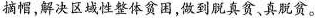
摘帽，解决区域性整体贫困，做到脱真贫、真脱贫。